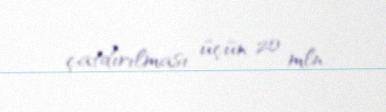
çatdırılması üçün 20 mln.